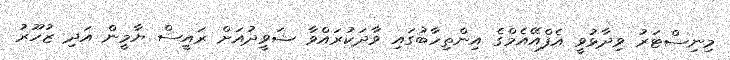
މިނިސްޓަރު ވިދާޅުވީ އެފްއޭއެމްގެ އިންތިހާބުގައި ވާދަކުރައްވާ ޝަވީދުއަށް ރައީސް ޔާމީން އަދި ޒުހޫރު